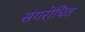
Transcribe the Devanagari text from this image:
संगरोधित